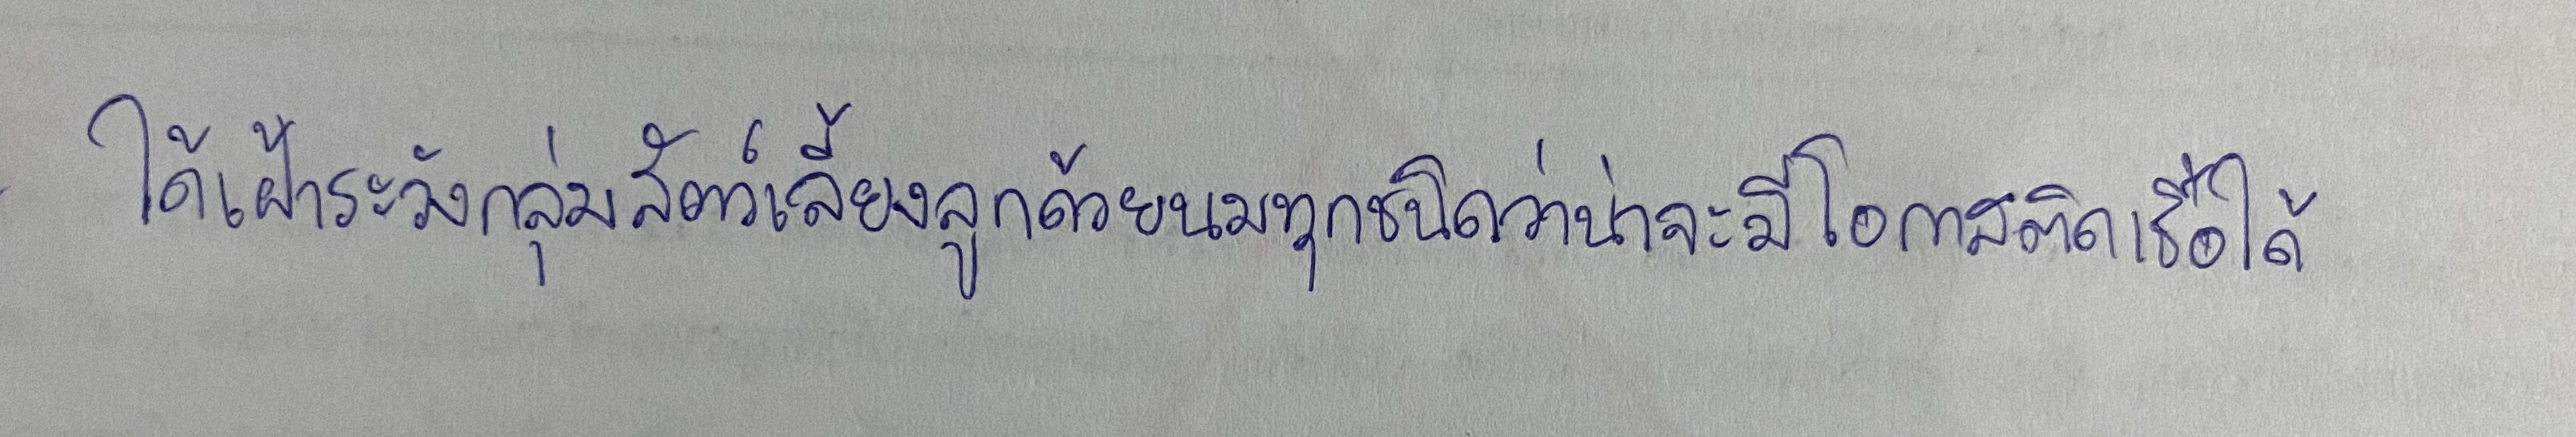
ได้เฝ้าระวังกลุ่มสัตว์เลี้ยงลูกด้วยนมทุกชนิดว่าน่าจะมีโอกาสติดเชื้อได้